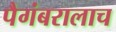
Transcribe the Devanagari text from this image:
पैगंबरालाच